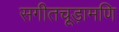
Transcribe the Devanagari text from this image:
सगीतचूड़ामणि